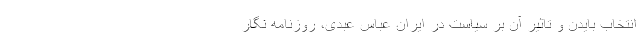
انتخاب بایدن و تاثیر آن بر سیاست در ایران عباس عبدی، روزنامه نگار